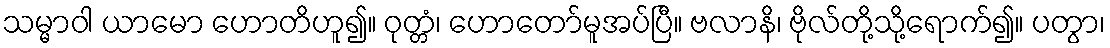
သမ္မာဝါ ယာမော ဟောတိဟူ၍။ ဝုတ္တံ၊ ဟောတော်မူအပ်ပြီ။ ဗလာနိ၊ ဗိုလ်တို့သို့ရောက်၍။ ပတွာ၊